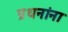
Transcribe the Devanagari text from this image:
प्रधनांना